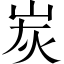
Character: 炭